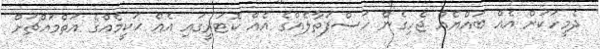
ދެމީހަކަށް އެއް ބައްޔެއް ޖެހިގެން ހަސްފަތާލެއްގެ އެއް ކޮޓަރީގައި އެއް ޙަކީމެއްގެ އަތްމައްޗަށް